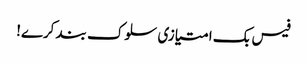
فیس بک امتیازی سلوک بند کرے!